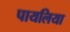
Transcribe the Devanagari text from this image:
पायलिया